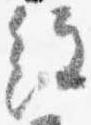
経